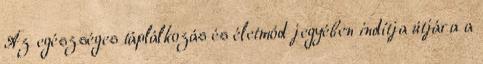
Az egészséges táplálkozás és életmód jegyében indítja útjára a